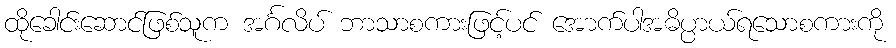
ထိုခေါင်းဆောင်ဖြစ်သူက အင်္ဂလိပ် ဘာသာစကားဖြင့်ပင် အောက်ပါအဓိပ္ပာယ်ရသောစကားကို